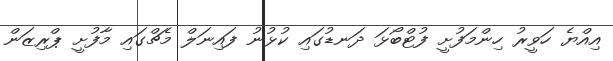
އިއްޔެ ހަވީރު ހިންމަފުށީ ފުޓްބޯޅަ ދަނޑުގައި ކުޅުނު ފައިނަލް މެޗްގައި މާފުށީ ޕްރިޒަން